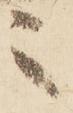
之